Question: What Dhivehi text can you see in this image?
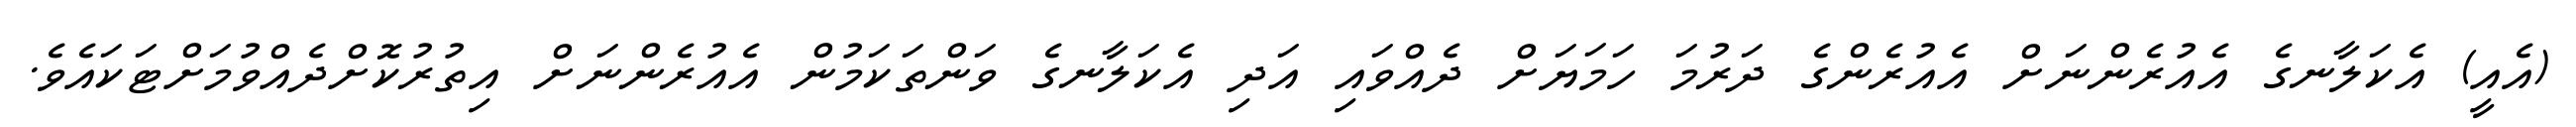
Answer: (އެއީ) އެކަލާނގެ އެއުރެންނަށް އެއުރެންގެ ދަރުމަ ހަމަޔަށް ދެއްވައި އަދި އެކަލާނގެ ވަންތަކަމުން އެއުރެންނަށް އިތުރުކޮށްދެއްވުމަށްޓަކައެވެ.